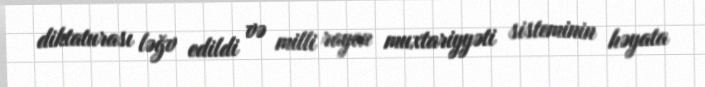
diktaturası ləğv edildi və milli rayon muxtariyyəti sisteminin həyata